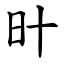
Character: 旪